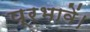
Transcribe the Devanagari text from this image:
प्रभावें।